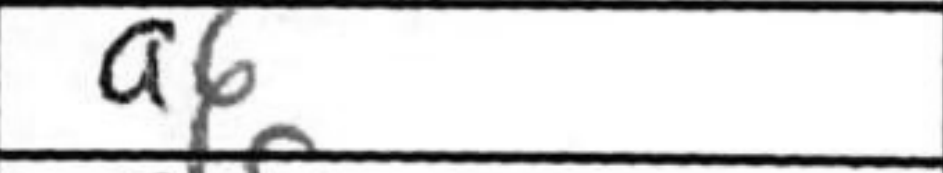
Transcription: a6